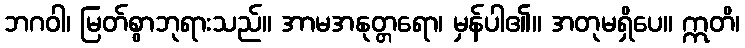
ဘဂဝါ၊ မြတ်စွာဘုရားသည်။ အာမအနုတ္တရော၊ မှန်ပါ၏။ အတုမရှိပေ။ ဣတိ၊